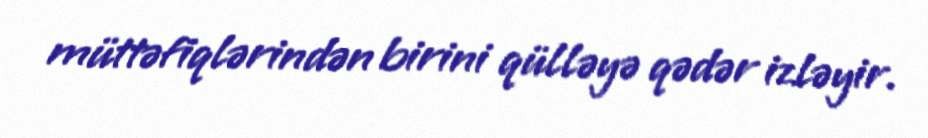
müttəfiqlərindən birini qülləyə qədər izləyir.